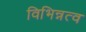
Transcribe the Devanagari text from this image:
विभिन्नत्व